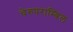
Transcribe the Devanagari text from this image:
चेरुपराम्बिल